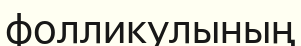
фолликулының